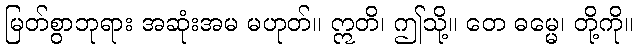
မြတ်စွာဘုရား အဆုံးအမ မဟုတ်။ ဣတိ၊ ဤသို့။ တေ ဓမ္မေ၊ တို့ကို။